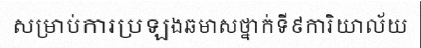
សម្រាប់ការប្រឡងឆមាសថ្នាក់ទី៩ការិយាល័យ